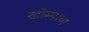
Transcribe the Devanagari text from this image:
खोम्माण